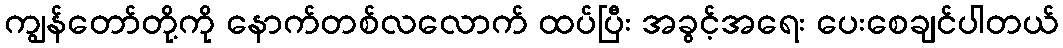
ကျွန်တော်တို့ကို နောက်တစ်လလောက် ထပ်ပြီး အခွင့်အရေး ပေးစေချင်ပါတယ်